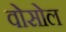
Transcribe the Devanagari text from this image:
वोसोल